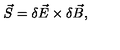
\vec { S } = \delta \vec { E } \times \delta \vec { B } ,